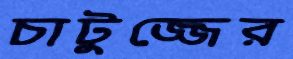
চাটুজ্জের